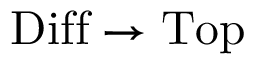
{ \mathrm { D i f f } } \to { \mathrm { T o p } }